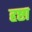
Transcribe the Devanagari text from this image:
हृष्टा